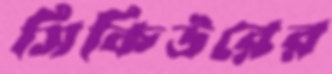
সিকিউরের